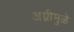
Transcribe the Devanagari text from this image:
अग्नीमुळे